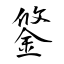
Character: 鋚